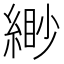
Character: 緲